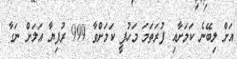
އަށް ލިބޭނެ ކަމަށާއި ފުރަތަމަ މަހުފީ ކަމަށްވާ 999 ރުފިޔާ އަލަށް ނަގާ